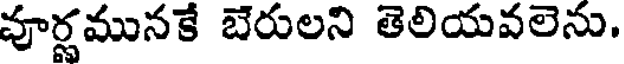
వూర్ణమునకే బేరులని తెలియవలెను.